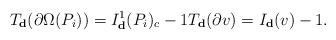
LaTeX: \begin{align*}T_{\textbf{d}}(\partial \Omega (P_i))=I_{\textbf{d}}^1 (P_{i})_{c}-1 T_{\textbf{d}}(\partial v)=I_{\textbf{d}}(v) -1.\end{align*}